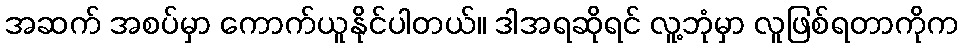
အဆက် အစပ်မှာ ကောက်ယူနိုင်ပါတယ်။ ဒါအရဆိုရင် လူ့ဘုံမှာ လူဖြစ်ရတာကိုက